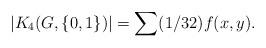
LaTeX: \begin{align*}|K_4(G,\{0,1\})|=\sum(1/32)f(x,y).\end{align*}